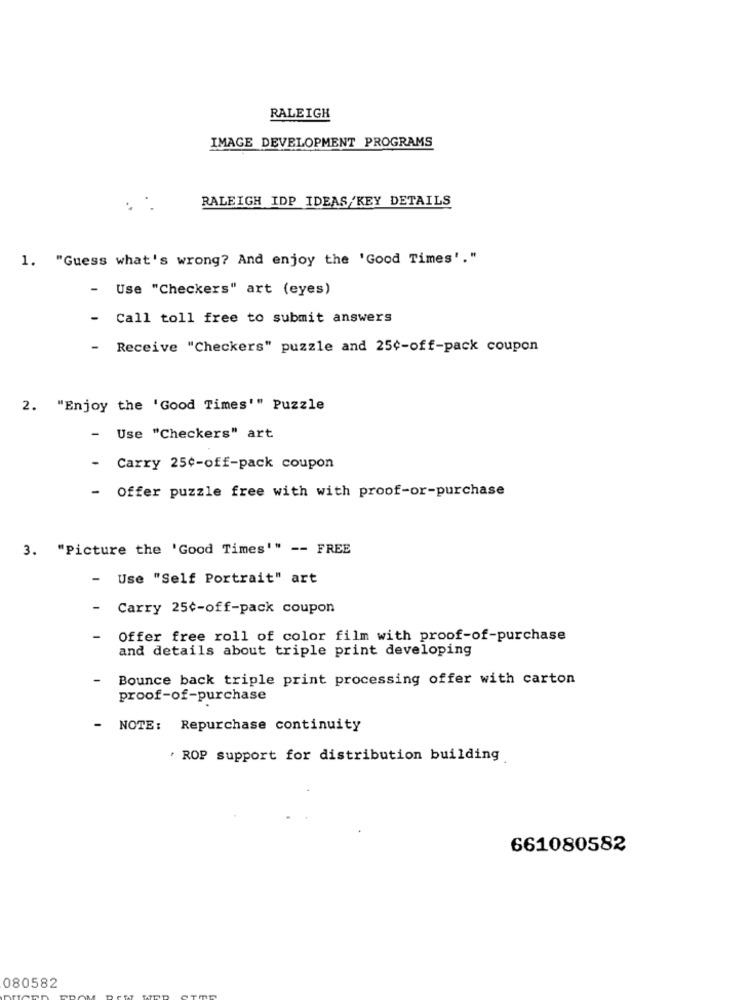
RALEIGH
IMAGE DEVELOPMENT PROGRAMS
RALEIGH IDP IDEAS/KEY DETAILS
1. "Guess what's wrong? And enjoy the 'Good Times'."
- Use "Checkers" art (eyes)
-
Call toll free to submit answers
- Receive "Checkers" puzzle and 25¢-off-pack coupon
2. "Enjoy the 'Good Times'" Puzzle
-
Use "Checkers" art
- Carry 25¢-off-pack coupon
- Offer puzzle free with with proof-or-purchase
3. "Picture the 'Good Times'" -- FREE
Use "Self Portrait" art
- Carry 25¢-off-pack coupon
Offer free roll of color film with proof-of-purchase
and details about triple print developing
Bounce back triple print processing offer with carton
proof-of-purchase
- NOTE: Repurchase continuity
. ROP support for distribution building
661080582
080582